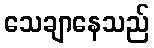
သေချာနေသည်